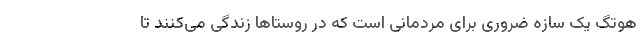
هوتگ یک سازه ضروری برای مردمانی است که در روستاها زندگی می‌کنند تا